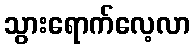
သွားရောက်လေ့လာ